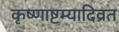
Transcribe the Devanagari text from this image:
कृष्णाष्टम्यादिव्रत